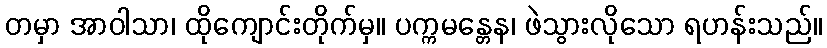
တမှာ အာဝါသာ၊ ထိုကျောင်းတိုက်မှ။ ပက္ကမန္တေန၊ ဖဲသွားလိုသော ရဟန်းသည်။